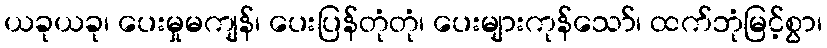
ယခုယခု၊ ပေးမှုမကျန်၊ ပေးပြန်တုံတုံ၊ ပေးများကုန်သော်၊ ထက်ဘုံမြင့်စွာ၊